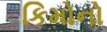
કિમોનો